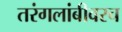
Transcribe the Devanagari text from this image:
तरंगलांबीवरच